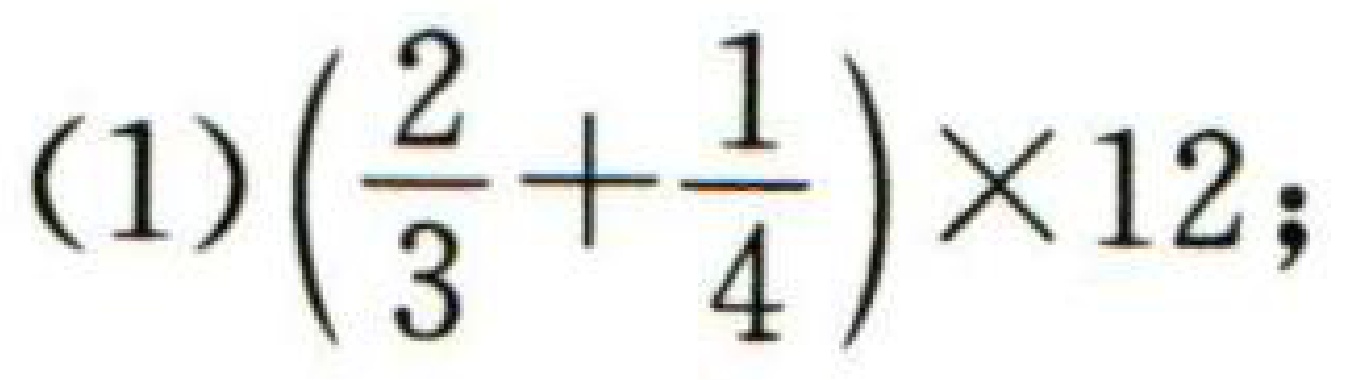
(1)\(\left(\dfrac{2}{3}+\dfrac{1}{4}\right)\times12;\)